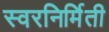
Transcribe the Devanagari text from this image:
स्वरनिर्मिती